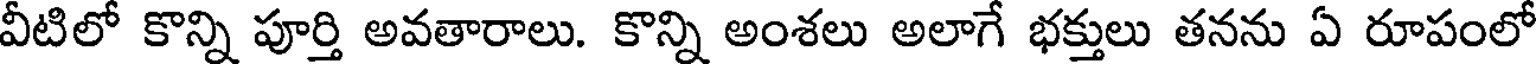
వీటిలో కొన్ని పూర్తి అవతారాలు. కొన్ని అంశలు అలాగే భక్తులు తనను ఏ రూపంలో